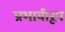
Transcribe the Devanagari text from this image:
प्रभावीरूप